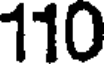
110